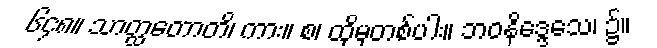
၆၄၈။ သာတ္ထတောတိ၊ ကား။ စ၊ ထိုမှတစ်ပါး။ ဘဝနိဒ္ဒေသေ၊ ၌။